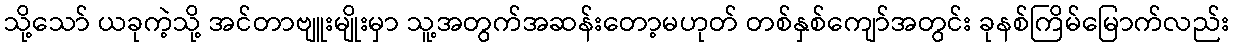
သို့သော် ယခုကဲ့သို့ အင်တာဗျူးမျိုးမှာ သူ့အတွက်အဆန်းတော့မဟုတ် တစ်နှစ်ကျော်အတွင်း ခုနစ်ကြိမ်မြောက်လည်း